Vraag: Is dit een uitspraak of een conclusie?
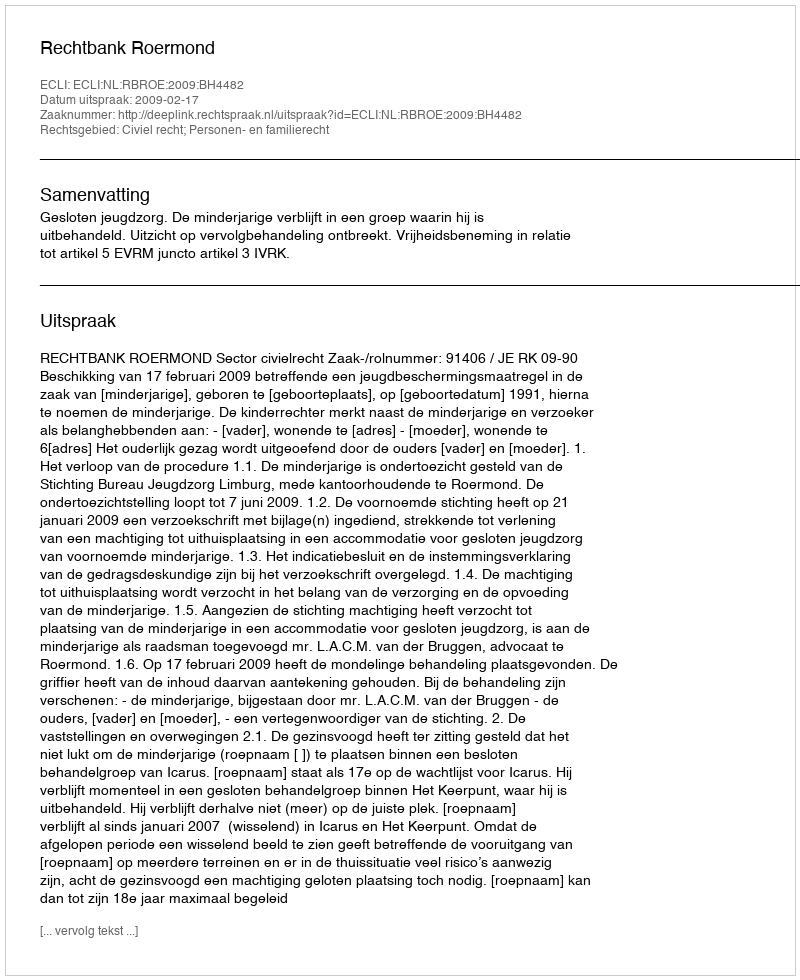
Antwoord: Uitspraak